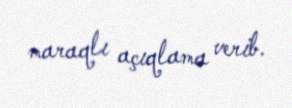
maraqlı açıqlama verib.